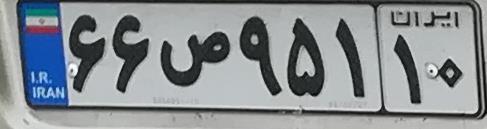
۶۶ص۹۵۱۱۰